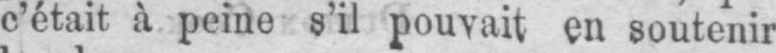
c’était à peine s’il pouvait en soutenir